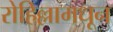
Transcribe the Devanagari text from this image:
रोहिल्लामधून